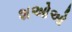
શઓઓ